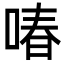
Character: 㖺